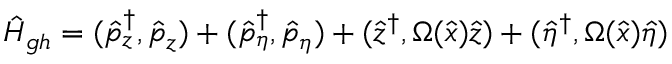
\hat { H } _ { g h } = ( \hat { p } _ { z } ^ { \dagger } , \hat { p } _ { z } ) + ( \hat { p } _ { \eta } ^ { \dagger } , \hat { p } _ { \eta } ) + ( \hat { z } ^ { \dagger } , \Omega ( \hat { x } ) \hat { z } ) + ( \hat { \eta } ^ { \dagger } , \Omega ( \hat { x } ) \hat { \eta } )